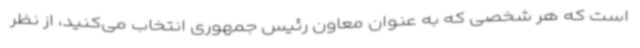
است که هر شخصی که به عنوان معاون رئیس جمهوری انتخاب می‌کنید، از نظر